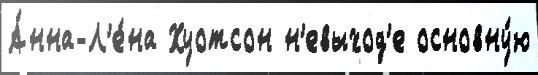
А́нна-Л'е́на Хуотсон н'евыход'е основну́ю